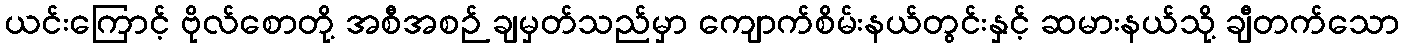
ယင်းကြောင့် ဗိုလ်စောတို့ အစီအစဉ် ချမှတ်သည်မှာ ကျောက်စိမ်းနယ်တွင်းနှင့် ဆမားနယ်သို့ ချီတက်သော